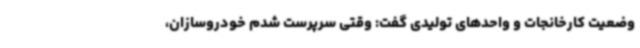
وضعیت کارخانجات و واحدهای تولیدی گفت: وقتی سرپرست شدم خودروسازان،